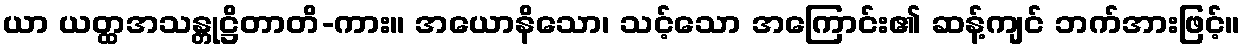
ယာ ယတ္ထအသန္တုဋ္ဌိတာတိ-ကား။ အယောနိသော၊ သင့်သော အကြောင်း၏ ဆန့်ကျင် ဘက်အားဖြင့်။